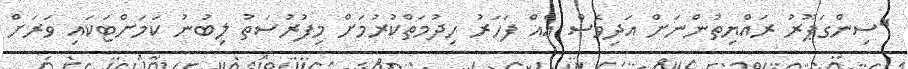
"ސިންގަޕޫރު ރައްޔިތުންނަށް އަދިވެސް އެއް ފަހަރު ހިދުމަތްކުރުމަށް މިފުރުސަތު ލިބުނު ކަމަށްޓަކައި ވަރަށް